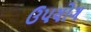
ઉપયોગ